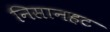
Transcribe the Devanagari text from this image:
निसानहट